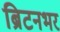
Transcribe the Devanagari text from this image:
ब्रिटनभर